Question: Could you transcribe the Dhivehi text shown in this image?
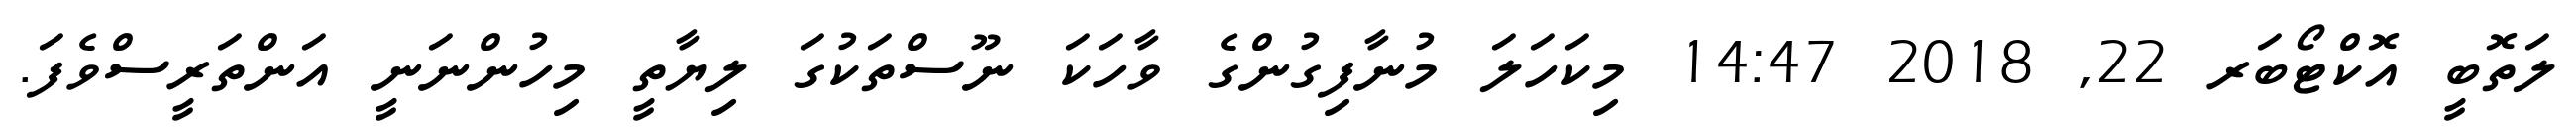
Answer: ލަތޮބީ އޮކްޓޯބަރ 22, 2018 14:47 މިކަހަލަ މުނާފިގުންގެ ވާހަކަ ނޫސްތަކުގަ ލިޔާތީ މިހުންނަނީ އަންތަރީސްވެފަ.